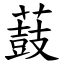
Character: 薣